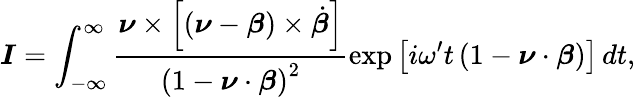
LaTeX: \boldsymbol{I}=\int_{-\infty}^{\infty}\frac{\boldsymbol{\nu}\times\left[\left(\boldsymbol{\nu}-\boldsymbol{\beta}\right)\times\dot{\boldsymbol{\beta}}\right]}{\left(1-\boldsymbol{\nu}\cdot\boldsymbol{\beta}\right)^{2}}\exp\left[i\omega^{\prime}t\left(1-\boldsymbol{\nu}\cdot\boldsymbol{\beta}\right)\right]\, dt,